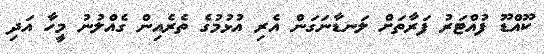
ކޫއްޑޫ ފުއްޓަރު ފަރާތަށް ލަނޑާނަގަން އެރި އުޅުމުގެ ތެރެއިން ގެއްލުނު މީހާ އަދި